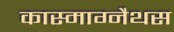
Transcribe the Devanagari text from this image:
कास्माग्नैथस